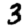
Digit: 3